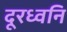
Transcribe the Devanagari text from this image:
दूरध्वनि